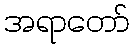
အရာတော်